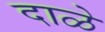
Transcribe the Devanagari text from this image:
दाळे